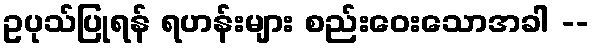
ဥပုသ်ပြုရန် ရဟန်းများ စည်းဝေးသောအခါ --